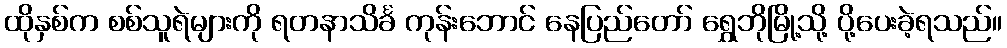
ထိုနှစ်က စစ်သူရဲများကို ရတနာသိင်္ခ ကုန်းဘောင် နေပြည်တော် ရွှေဘိုမြို့သို့ ပို့ပေးခဲ့ရသည်။